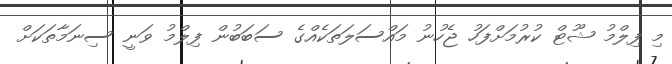
މި ފިލްމު ޝޫޓް ކުރުމަށްފަހު ޖެހުނު މައްސަލަތަކެއްގެ ސަބަބުން ފިލްމު ވަނީ ސިނަމާތަކަށް